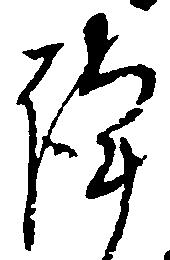
謹